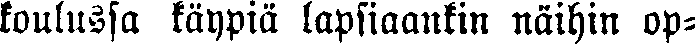
koulussa käypiä lapsiaankin näihin op-